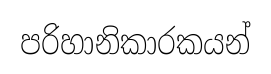
පරිහානිකාරකයන්